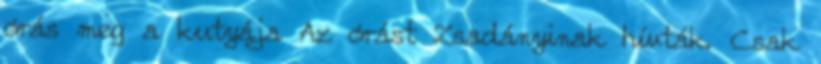
órás meg a kutyája Az órást Zsadányinak hívták. Csak